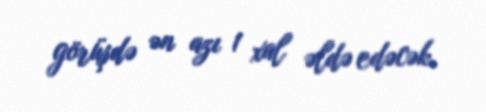
görüşdə ən azı 1 xal əldə edəcək.